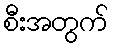
စီးအတွက်